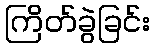
ကြိတ်ခွဲခြင်း